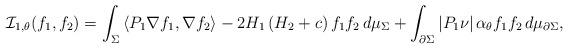
LaTeX: \begin{align*}\mathcal{I}_{1,\theta}(f_1,f_2)=\int_\Sigma \left<P_1\nabla f_1,\nabla f_2\right>-2H_1\left(H_2+c\right)f_1f_2\,d\mu_\Sigma+\int_{\partial\Sigma}\left\vert{P_1\nu}\right\vert\alpha_\theta f_1f_2\,d\mu_{\partial\Sigma},\end{align*}